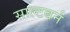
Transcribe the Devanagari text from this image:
साल्टबर्न